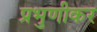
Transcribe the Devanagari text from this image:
प्रभुणीकर